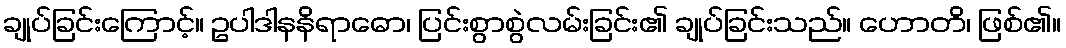
ချုပ်ခြင်းကြောင့်။ ဥပါဒါနနိရာဓော၊ ပြင်းစွာစွဲလမ်းခြင်း၏ ချုပ်ခြင်းသည်။ ဟောတိ၊ ဖြစ်၏။